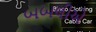
બબલીએ